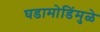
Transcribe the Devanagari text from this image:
घडामोडिंमुळे